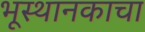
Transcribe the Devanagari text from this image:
भूस्थानकाचा